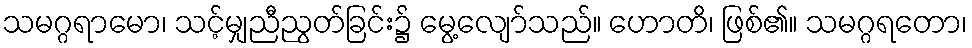
သမဂ္ဂရာမော၊ သင့်မျှညီညွတ်ခြင်း၌ မွေ့လျော်သည်။ ဟောတိ၊ ဖြစ်၏။ သမဂ္ဂရတော၊